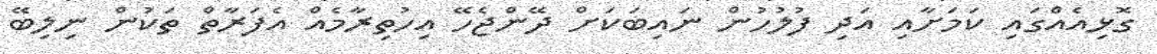
ގޮޅިއެއްގައި ކަމަށާއި އަދި ފުލުހުން ނައިބަކަށް ދޭންޖެހޭ އިހުތިރާމެއް އެފަރާތް ތަކުން ނިލިބޭ